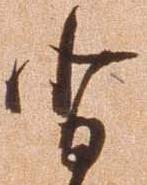
背